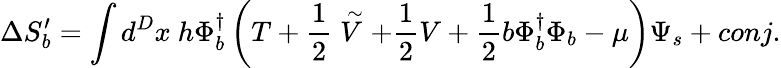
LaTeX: \Delta S_{b}^{\prime}=\int d^{D}x~h\Phi_{b}^{\dagger}\left(T+\frac{1}{2}\stackrel{\sim}{V}+\frac{1}{2}V+\frac{1}{2}b\Phi_{b}^{\dagger}\Phi_{b}-\mu\right)\Psi_{s}+conj.